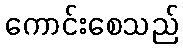
ကောင်းစေသည်